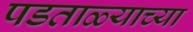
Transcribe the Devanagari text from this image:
पडताळ्याच्या